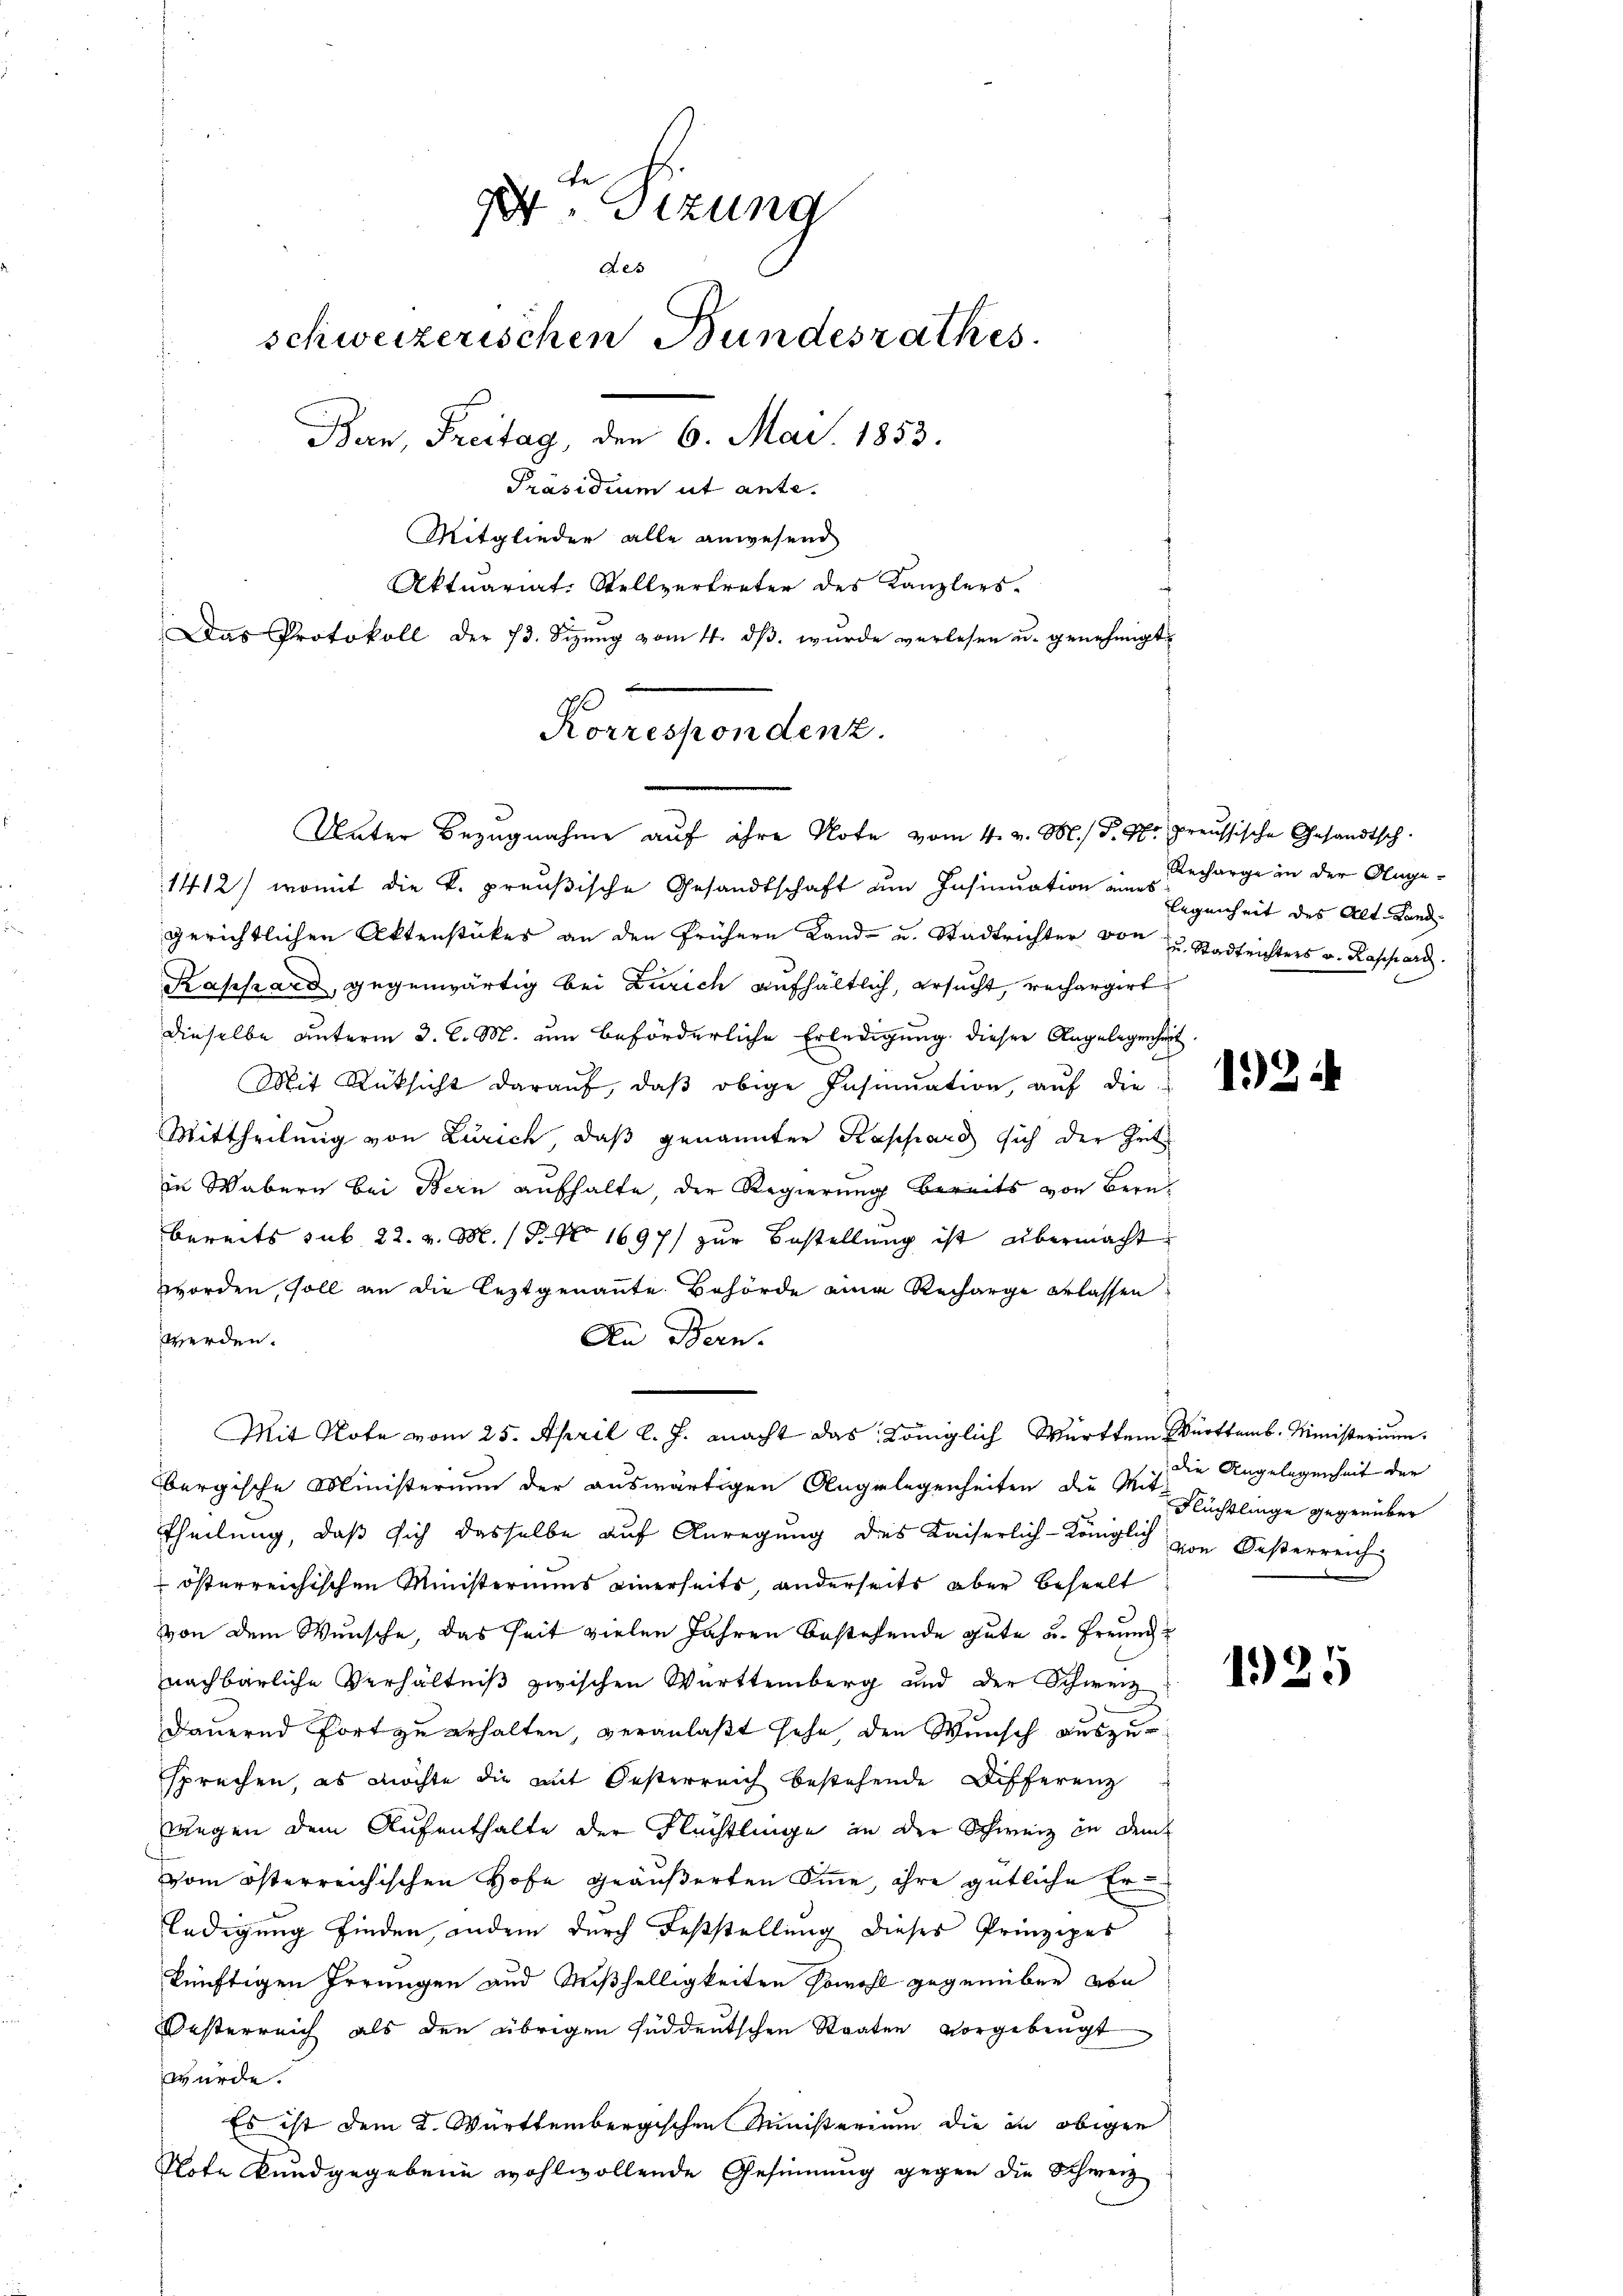
W. Sizung
Aes
schweizerischen Bundesrathes
Bern, Freitag, den 6. Mai. 1853.
Präsidium ut ante.
Mitglieder alle anwesend
Aktuariat. Stellvertreter des Kanzlers.
Das Protokoll der 73. Seizŭng vom 4. dβ. wŭrde verlesen u. genehmigt.

Korrespondenz.

Unter Bezugnahme auf ihre Note vom 4. v. M. D. Pr. preussische Gesandtsch.
1412) womit die k. preußische Gesandtschaft am Insinuation eine Recharge in der Angegerichtlichen Aktenstückes an den frühern Land- u. Stadtrichter von zu Stadtrichters v. Rappard
Kassard, gegenwärtig bei Zürich aufhältlich, ersucht, rechargirt
dieselbe unterm 3. C. M. um beförderliche Erledigung dieser Angelegenheit.
Mit Rücksicht darauf, daß obige Insinuation, auf die
Mittheilung von Zürich, daß genannten Rappard sich der Zeit
in Wabern bei Bern aufhalte, der Regierung bereits von Bern
bereits sub. 22. v. M. P. Nr. 1697) zur Bestellung ist übermacht.
worden, soll an die leztgenannte Behörde eine Recharge erlassen.
werden.
An Bern.
bergische Ministerium der auswärtigen Angelegenheiten die Zeit der Angelegenheit der
Theilung, daß sich dasselbe auf Anregung des Kaiserlich-Königlich von Oesterreich
österreichischen Ministeriums einerseits, anderseits aber beseelt
von dem Wunsche, das seit vielen Jahren bestehende gute u. Freundnachbarliche Verhältniß zwischen Württemberg und der Schweiz
Dauernd fort zu erhalten, veranlaßt sehe, den Wunsch auszusprechen, es möchte die mit Oesterreich bestehende Differenz
Zungen dem Aufenthalte der Flüchtlinge in der Schweiz in dem
vom österreichischen Hofe geäußerten Sinne, ihre gütliche Erledigung finden, andern durch Fesstellung dieses Prinzipes
künftigen Irrungen und Mißhelligkeiten sowohl gegenüber von
Oesterreich als den übrigen süddeutschen Staaten vorgebeugt
würde.
Es ist dem K. Württembergischen Ministerium die in obigen
Note kundgegebene wohlwollende Gesinnung gegen die Schweiz

Mit Note vom 25. April l. J. macht das Königlich Württem Württemb. Ministerium.

legenheit des Alt-Land

1924

Flüchtlinge gegenüber

1925